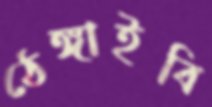
ঠেঙ্গাইবি